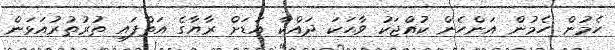
ހެމުން ހެމުން އަންހެން ކުއްޖަކު ވާހަކަ ދައްކާ އަޑަށް ރާޔާގެ އަތްފައި ތުރުތުރުއަޅަން